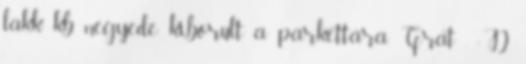
lakk kb. negyede kiborult a parkettára. Grat . :D